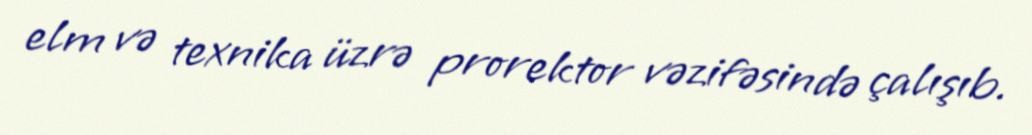
elm və texnika üzrə prorektor vəzifəsində çalışıb.